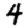
Digit: 4